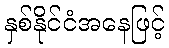
နှစ်နိုင်ငံအနေဖြင့်